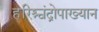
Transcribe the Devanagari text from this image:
हरिश्चंद्रोपाख्यान